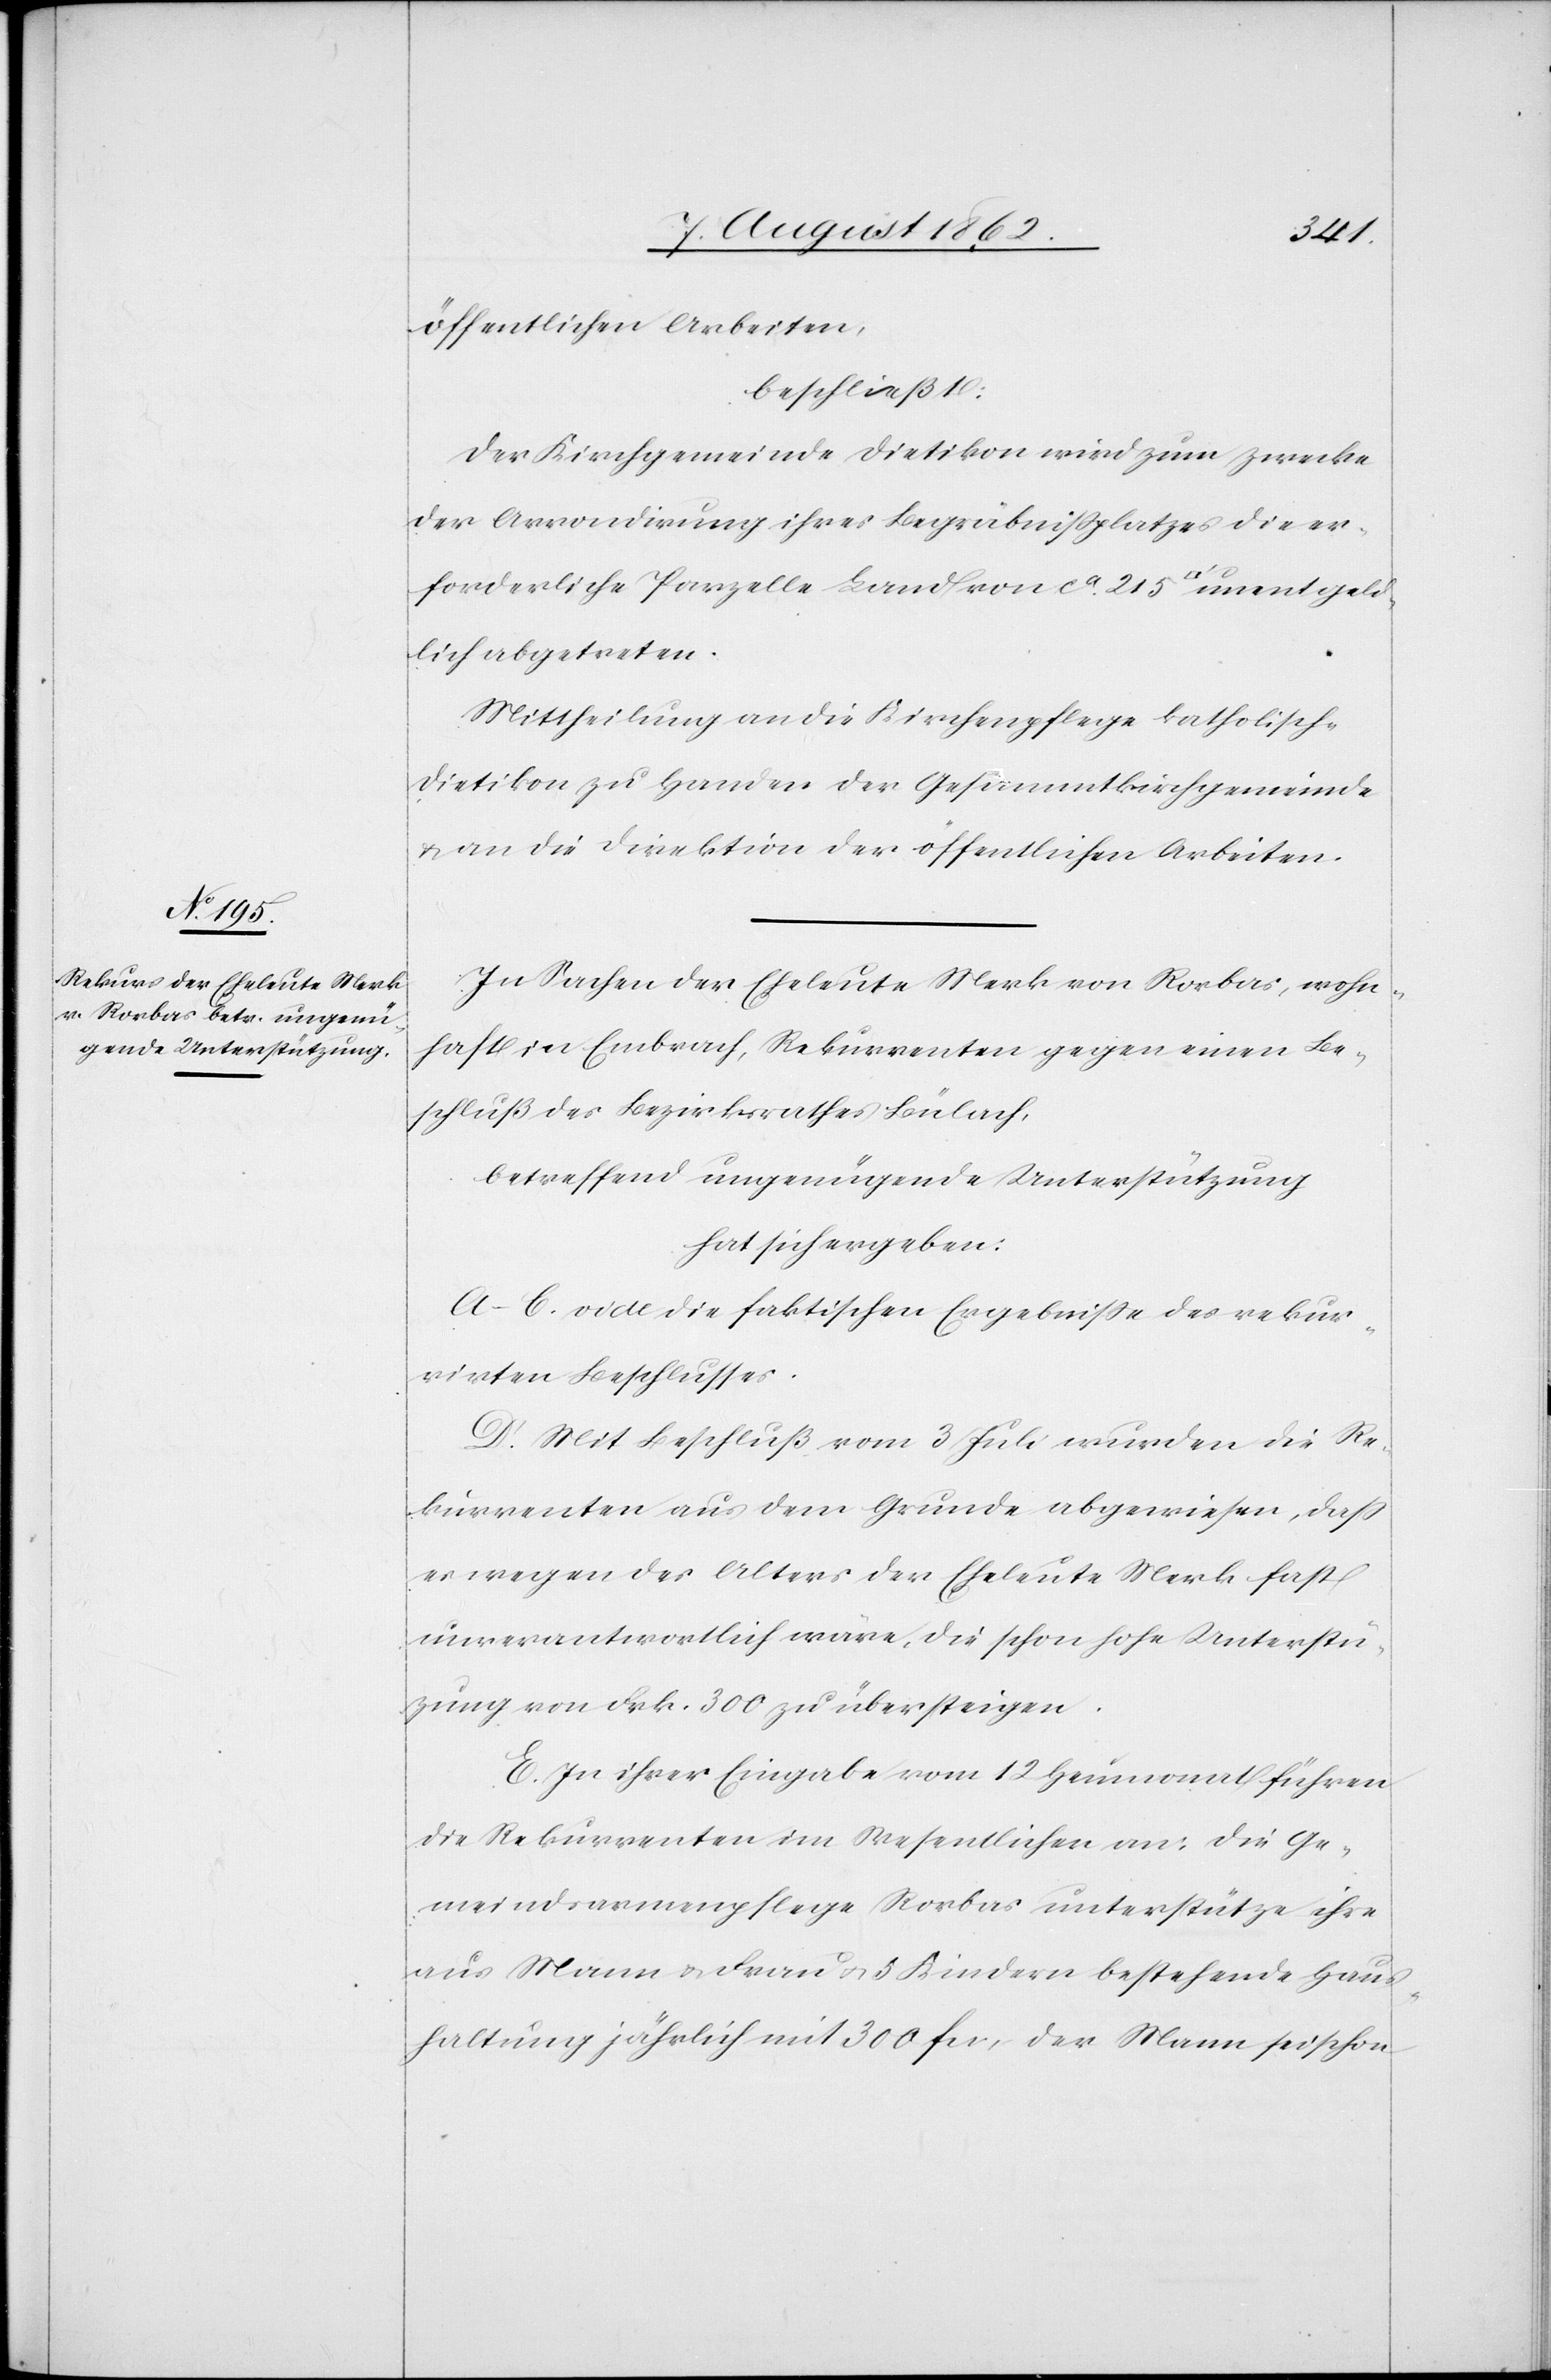
öffentliche Arbeiten,
beschließt:
Der Kirchgemeinde Dietikon wird zum Zwecke
der Arrondirung ihres Begräbnißplatzes die er¬
forderliche Parzelle Land von ca 215 [Quadratfuß] unentgeld¬
lich abgetreten.
Mittheilung an die Kirchenpflege katholisch-D¬
ietikon zu Handen der Gesammtkirchengemeinde
u. an die Direktion der öffentlichen Arbeiten.
In Sachen der Eheleute Merk von Rorbas, wohn¬
haft in Embrach, Rekurrenten gegen einen Be¬
schluß des Bezirksrathes Bülach,
betreffend ungenügende Unterstützung
hat sich ergeben:
A–E. vide die faktischen Ergebnisse des rekur¬
rirten Beschlusses.
D. Mit Beschluß vom 3. Juli wurden die Re¬
kurrenten aus dem Grunde abgewiesen, daß
es wegen des Alters der Eheleute Merk fast
unverantwortlich wäre, die schon hohe Unterstü¬
tzung von Frk. 300 zu übersteigen.
E. In ihrer Eingabe vom 12. Heumonat führen
die Rekurrenten im Wesentlichen an: Die Ge¬
meindsarmenpflege Rorbas unterstütze ihre
aus Mann u. Frau u. 5 Kindern bestehende Haus¬
haltung jährlich mit 300 fr., der Mann sei schon